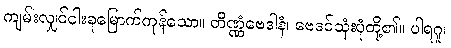
ကျမ်းလျှင်ငါးခုမြောက်ကုန်သော။ တိဏ္ဏံဗေဒါနံ၊ ဗေဒင်သုံးပုံတို့၏။ ပါရဂူ၊